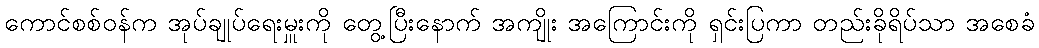
ကောင်စစ်ဝန်က အုပ်ချုပ်ရေးမှူးကို တွေ့ပြီးနောက် အကျိုး အကြောင်းကို ရှင်းပြကာ တည်းခိုရိပ်သာ အစေခံ